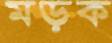
মড়ক